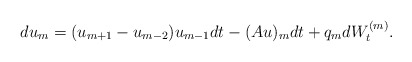
\begin{align*} d u_m = (u_{m+1}-u_{m-2})u_{m-1} dt - (Au)_m dt + q_m dW_t^{(m)}. \end{align*}